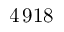
4 \, 9 1 8